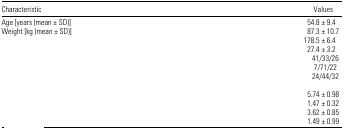
<table><thead><tr><td><b>Characteristic</b></td><td><b>Values</b></td></tr></thead><tbody><tr><td>Age [years (mean ± SD)]</td><td>54.8 ± 9.4</td></tr><tr><td>Weight [kg (mean ± SD)]</td><td>87.3 ± 10.7</td></tr><tr><td>[EMPTY_CELL]</td><td>178.5 ± 6.4</td></tr><tr><td>[EMPTY_CELL]</td><td>27.4 ± 3.2</td></tr><tr><td>[EMPTY_CELL]</td><td>41/33/26</td></tr><tr><td>[EMPTY_CELL]</td><td>7/71/22</td></tr><tr><td>[EMPTY_CELL]</td><td>24/44/32</td></tr><tr><td colspan="2">[EMPTY_CELL]</td></tr><tr><td>[EMPTY_CELL]</td><td>5.74 ± 0.98</td></tr><tr><td>[EMPTY_CELL]</td><td>1.47 ± 0.32</td></tr><tr><td>[EMPTY_CELL]</td><td>3.62 ± 0.85</td></tr><tr><td>[EMPTY_CELL]</td><td>1.49 ± 0.99</td></tr></tbody></table>